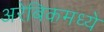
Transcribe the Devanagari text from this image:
अरेबिकमध्ये